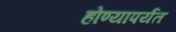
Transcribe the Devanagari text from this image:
होण्यापर्यंत